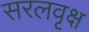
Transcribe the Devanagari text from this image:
सरलवृक्ष